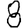
Digit: 8